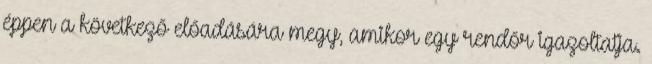
éppen a következő előadására megy, amikor egy rendőr igazoltatja.